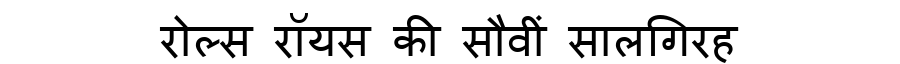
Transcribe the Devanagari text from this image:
रोल्स रॉयस की सौवीं सालगिरह